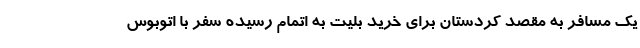
یک مسافر به مقصد کردستان برای خرید بلیت به اتمام رسیده سفر با اتوبوس